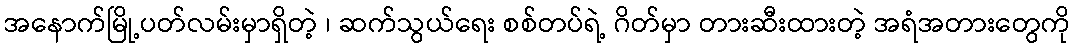
အနောက်မြို့ပတ်လမ်းမှာရှိတဲ့ ၊ ဆက်သွယ်ရေး စစ်တပ်ရဲ့ ဂိတ်မှာ တားဆီးထားတဲ့ အရံအတားတွေကို